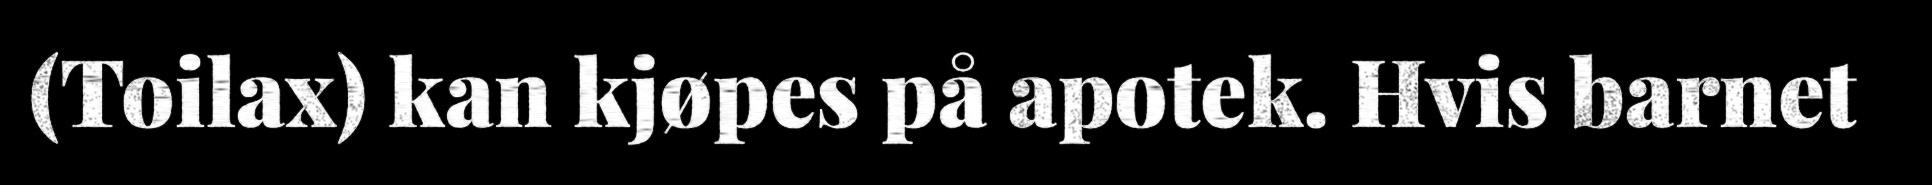
(Toilax) kan kjøpes på apotek. Hvis barnet